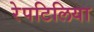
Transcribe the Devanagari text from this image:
रेपटिलिया